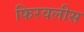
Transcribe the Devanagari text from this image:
फिरवलीस